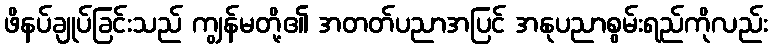
ဖိနပ်ချုပ်ခြင်းသည် ကျွန်မတို့၏ အတတ်ပညာအပြင် အနုပညာစွမ်းရည်ကိုလည်း